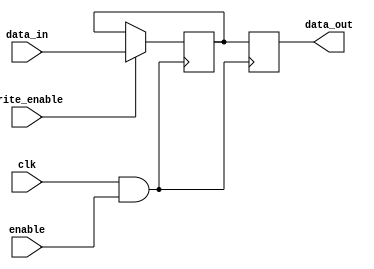
module clock_gating_memory (
    input wire clk,          // Main clock signal
    input wire enable,       // Enable signal for clock gating
    input wire [7:0] data_in, // Data input for memory
    input wire write_enable, // Write enable signal
    output reg [7:0] data_out // Data output from memory
);

    // Memory array (8x8 bits for example)
    reg [7:0] memory_array [0:7];

    // Clock gating logic
    wire gated_clk;
    assign gated_clk = clk & enable; // Clock is passed only if enable is high

    // Memory operation
    always @(posedge gated_clk) begin
        if (write_enable) begin
            // Write operation
            memory_array[0] <= data_in; // Example: writing to address 0
        end
        // Read operation (example: reading from address 0)
        data_out <= memory_array[0];
    end

endmodule